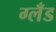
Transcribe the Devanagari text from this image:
ग्लँड